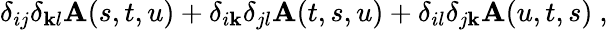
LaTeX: \delta_{ij}\delta_{\mathbf{k}l}\mathbf{A}(s,t,u)+\delta_{i\mathbf{k}}\delta_{jl}\mathbf{A}(t,s,u)+\delta_{il}\delta_{j\mathbf{k}}\mathbf{A}(u,t,s)\ ,